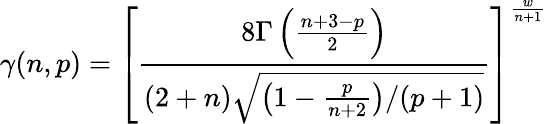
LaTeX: \gamma(n,p)=\left[{\frac{8\Gamma\left(\frac{n+3-p}{2}\right)}{(2+n)\sqrt{\left(1-{\frac{p}{n+2}}\right)/(p+1)}}}\right]^{\frac{w}{n+1}}